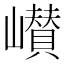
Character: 㠝